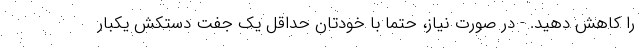
را کاهش دهید. - در صورت نیاز، حتما با خودتان حداقل یک جفت دستکش یکبار